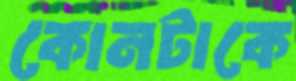
কোনটাকে